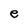
Character: e